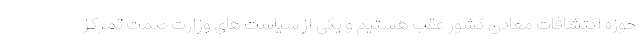
حوزه اکتشافات معادن کشور عقب هستیم و یکی از سیاست های وزارت صمت تمرکز